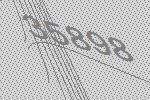
35898